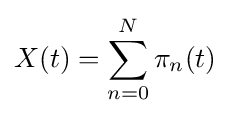
X(t)=\sum _{n=0}^{N}\pi _{n}(t)